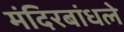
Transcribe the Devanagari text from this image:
मंदिरबांधले